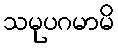
သမုပဂမာမိ